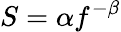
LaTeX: S=\alpha f^{-\beta}